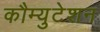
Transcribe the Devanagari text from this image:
कौम्युटेशन